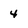
Character: 4